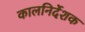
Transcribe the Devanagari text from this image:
कालनिर्देशक